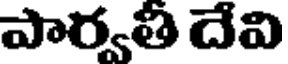
పార్వతి దేవి